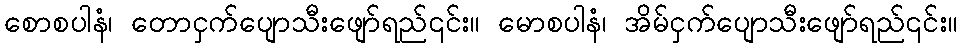
စောစပါနံ၊ တောငှက်ပျောသီးဖျော်ရည်၎င်း။ မောစပါနံ၊ အိမ်ငှက်ပျောသီးဖျော်ရည်၎င်း။